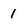
Character: 1